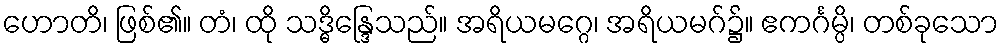
ဟောတိ၊ ဖြစ်၏။ တံ၊ ထို သဒ္ဓိန္ဒြေသည်။ အရိယမဂ္ဂေ၊ အရိယမဂ်၌။ ဧကင်္ဂမ္ပိ၊ တစ်ခုသော